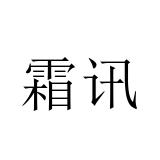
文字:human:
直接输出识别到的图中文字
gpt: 霜讯